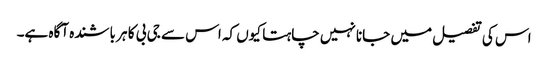
اس کی تفصیل میں جانا نہیں چاہتا کیوں کہ اس سے جی بی کا ہر باشندہ آگاہ ہے۔